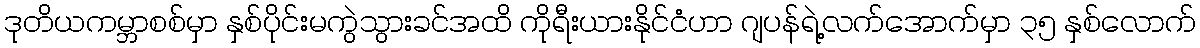
ဒုတိယကမ္ဘာစစ်မှာ နှစ်ပိုင်းမကွဲသွားခင်အထိ ကိုရီးယားနိုင်ငံဟာ ဂျပန်ရဲ့လက်အောက်မှာ ၃၅ နှစ်လောက်